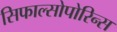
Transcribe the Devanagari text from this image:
सिफाल्सोपोरिन्स